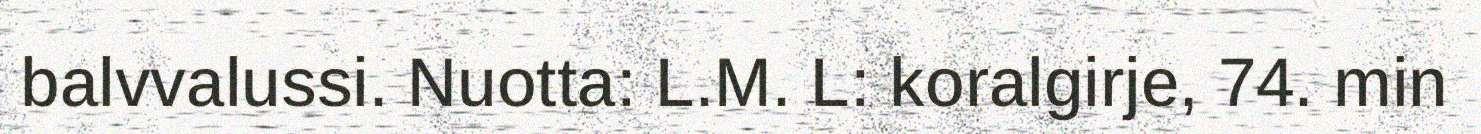
balvvalussi. Nuotta: L.M. L: koralgirje, 74. min